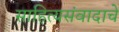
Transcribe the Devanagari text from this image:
साहित्यसंवादाचे